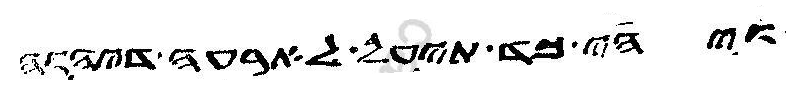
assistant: ויהי כד תיעל לארעה דיהוה